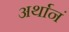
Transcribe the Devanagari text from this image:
अर्थानं